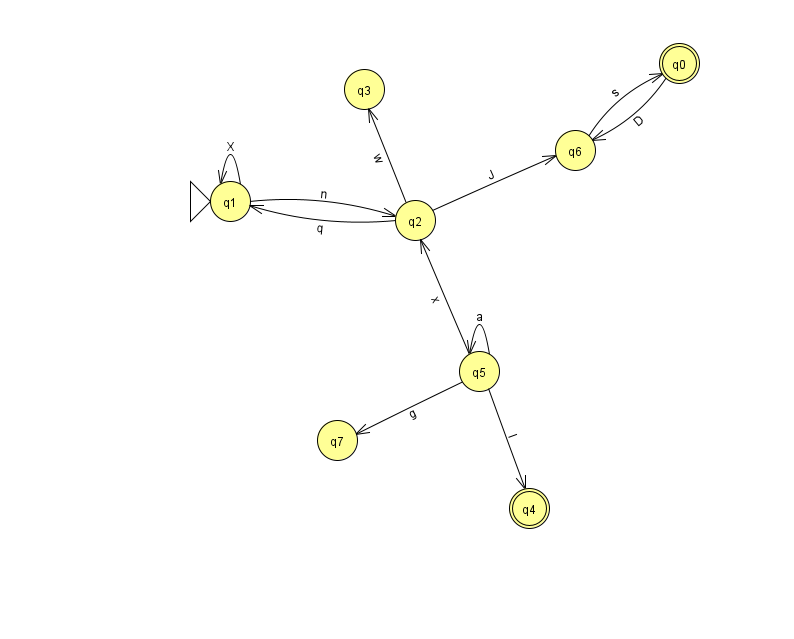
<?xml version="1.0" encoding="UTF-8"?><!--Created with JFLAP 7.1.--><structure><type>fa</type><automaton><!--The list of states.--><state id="0" name="q0"><x>679.0</x><y>50.0</y><final/></state><state id="1" name="q1"><x>230.0</x><y>188.0</y><initial/></state><state id="2" name="q2"><x>415.0</x><y>207.0</y></state><state id="3" name="q3"><x>364.0</x><y>76.0</y></state><state id="4" name="q4"><x>529.0</x><y>495.0</y><final/></state><state id="5" name="q5"><x>479.0</x><y>358.0</y></state><state id="6" name="q6"><x>575.0</x><y>137.0</y></state><state id="7" name="q7"><x>337.0</x><y>427.0</y></state><!--The list of transitions.--><transition><from>2</from><to>1</to><read>q</read></transition><transition><from>5</from><to>5</to><read>a</read></transition><transition><from>0</from><to>6</to><read>D</read></transition><transition><from>5</from><to>7</to><read>g</read></transition><transition><from>2</from><to>3</to><read>w</read></transition><transition><from>5</from><to>4</to><read>l</read></transition><transition><from>6</from><to>0</to><read>s</read></transition><transition><from>2</from><to>6</to><read>J</read></transition><transition><from>5</from><to>2</to><read>x</read></transition><transition><from>1</from><to>1</to><read>X</read></transition><transition><from>1</from><to>2</to><read>n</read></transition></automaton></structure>